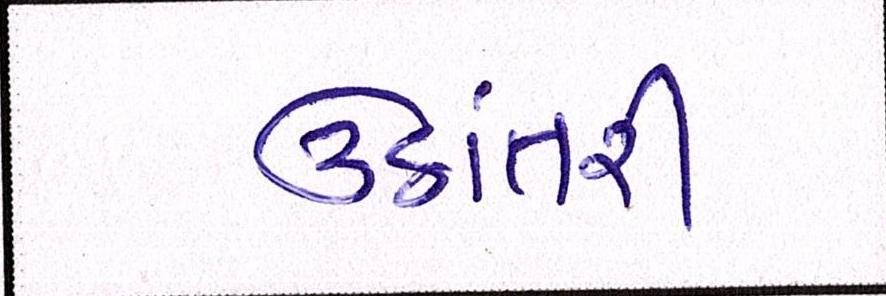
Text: ઉઠાંતરી